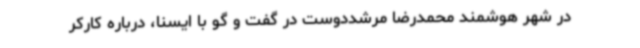
در شهر هوشمند محمدرضا مرشددوست در گفت و گو با ایسنا، درباره کارکر